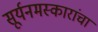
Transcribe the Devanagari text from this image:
सूर्यनमस्कारांचा